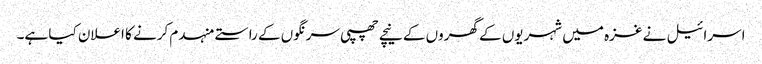
اسرائیل نے غزہ میں شہریوں کے گھروں کے نیچے چھپی سرنگوں کے راستے منہدم کرنے کا اعلان کیا ہے۔